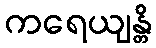
ကရေယျန္တိ